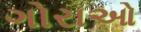
ગોરાઓ